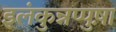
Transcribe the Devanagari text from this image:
इलंकुन्नप्पुष़ा